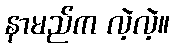
နာမည်က လဲ့လဲ့။